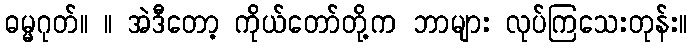
ဓမ္မဂုတ်။ ။ အဲဒီတော့ ကိုယ်တော်တို့က ဘာများ လုပ်ကြသေးတုန်း။